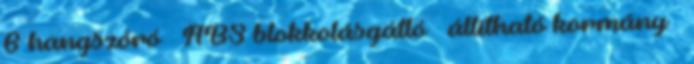
6 hangszóró – ABS blokkolásgátló – állítható kormány –